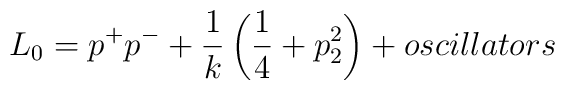
L_{0}=p^{+}p^{-}+\frac{1}{k}\left( \frac{1}{4}+p_{2}^{2}\right) +oscillators